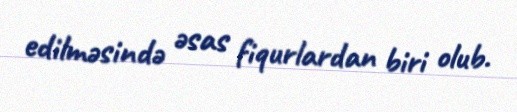
edilməsində əsas fiqurlardan biri olub.